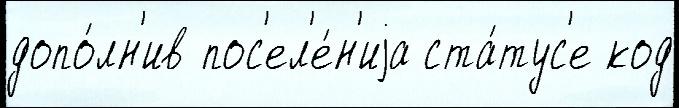
допо́лн'ив пос'ел'е́н'иjа ста́тус'е код